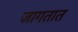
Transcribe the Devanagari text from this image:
जागतात